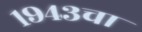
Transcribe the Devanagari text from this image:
१९४३चा